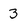
Character: 3